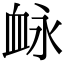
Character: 䘑